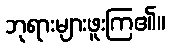
ဘုရားများဖူးကြ၏။